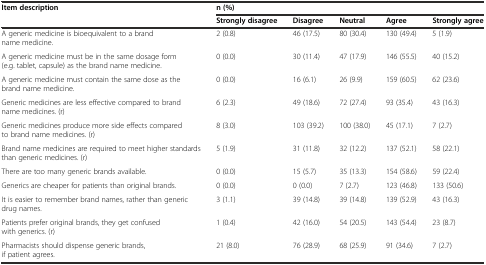
| <ROWSPAN=2> Item description | <COLSPAN=5> n (%) |
 | Strongly disagree | Disagree | Neutral | Agree | Strongly agree |
 | --- | --- | --- | --- | --- | --- |
 | A generic medicine is bioequivalent to a brand name medicine. | 2 (0.8) | 46 (17.5) | 80 (30.4) | 130 (49.4) | 5 (1.9) |
 | A generic medicine must be in the same dosage form (e.g. tablet, capsule) as the brand name medicine. | 0 (0.0) | 30 (11.4) | 47 (17.9) | 146 (55.5) | 40 (15.2) |
 | A generic medicine must contain the same dose as the brand name medicine. | 0 (0.0) | 16 (6.1) | 26 (9.9) | 159 (60.5) | 62 (23.6) |
 | Generic medicines are less effective compared to brand name medicines. (r) | 6 (2.3) | 49 (18.6) | 72 (27.4) | 93 (35.4) | 43 (16.3) |
 | Generic medicines produce more side effects compared to brand name medicines. (r) | 8 (3.0) | 103 (39.2) | 100 (38.0) | 45 (17.1) | 7 (2.7) |
 | Brand name medicines are required to meet higher standards than generic medicines. (r) | 5 (1.9) | 31 (11.8) | 32 (12.2) | 137 (52.1) | 58 (22.1) |
 | There are too many generic brands available. | 0 (0.0) | 15 (5.7) | 35 (13.3) | 154 (58.6) | 59 (22.4) |
 | Generics are cheaper for patients than original brands. | 0 (0.0) | 0 (0.0) | 7 (2.7) | 123 (46.8) | 133 (50.6) |
 | It is easier to remember brand names, rather than generic drug names. | 3 (1.1) | 39 (14.8) | 39 (14.8) | 139 (52.9) | 43 (16.3) |
 | Patients prefer original brands, they get confused with generics. (r) | 1 (0.4) | 42 (16.0) | 54 (20.5) | 143 (54.4) | 23 (8.7) |
 | Pharmacists should dispense generic brands, if patient agrees. | 21 (8.0) | 76 (28.9) | 68 (25.9) | 91 (34.6) | 7 (2.7) |